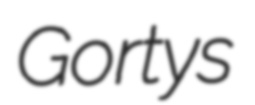
Gortys